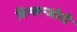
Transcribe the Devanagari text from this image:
विन्सन्जोनी